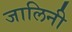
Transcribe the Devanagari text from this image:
जालिनी